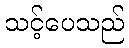
သင့်ပေသည်